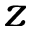
z